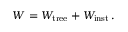
{ \cal W } = { \cal W } _ { \mathrm { t r e e } } + { \cal W } _ { \mathrm { i n s t } } \, .